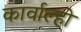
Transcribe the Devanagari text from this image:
कार्वाल्हो